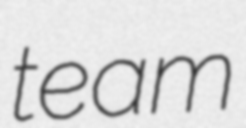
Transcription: team